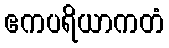
ဧကပရိယာကတံ